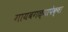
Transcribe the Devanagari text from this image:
गायबगळ्यापेक्षा